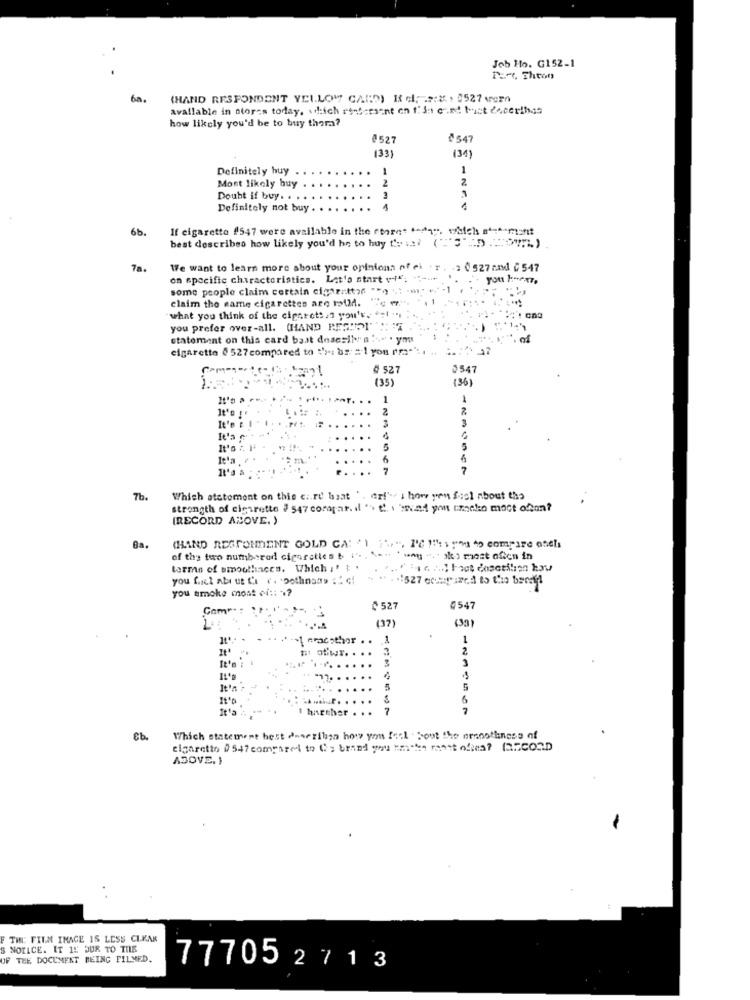
Job Ho. G152-1
PER, Theon
6a.
(HAND RESPONDENT YELLOW CARD) I d; . 2:X . 8527 vem
available in stores today, which rf-Scrsent on f. d: cm! bist dacerihas
how likely you'd be to buy thora?
£527
₡547
(33)
(34)
Definitely huy
1
1
2
2.
Mont likely buy
Doubt if buy. ..
Definitely not buy .
1
1
6b.
If cigarette (547 were available in the store" "+1", which 4 -*- mont
best describes how likely you'd he to huy t'esist (""S".D .: )
78.
We want to learn more about your opinionn nf el
.r . - 2 0 527 and ₲ 547
on specific characteristics. Let's start vi";
some people claim certain cigar :: tt26
claim the same cigarettes are roud.
what you think of the cigarets ." you'r. "
you prefer over-all. (HAND PESHOL"
statement on this card bast dnaesile" a .. . ym
cigarette § 527compared to ">: bs: = 1 you rma-": .
0 527
054
(35)
(36)
1
2
3
3
6
7
7
7b.
Which atetoment on this c :. re haat '. eri" i how you feel about the
strength of cienrette # 547 compar. il "> t! i hmvad you cancko moct ofon?
(RECORD ALOVE. )
(HAND RESPONDENT GOLD CA: '1 1",", 1 1:1PM 4 cmPI
of the two numbered ciparaties b I' .. .
why ". " ik) most often in
you fail abe ut La r. Dothname : " ci
you smoke most of :: 17
₾ 527
0547
(37)
(39)
">1 cracothor
1
mr ofiwr. . .
2
... ........
5
harsher
7
Cb.
Which statement best anarribaa how you feel bout the emsoothness of
cigaretto 0547 compared to Co brand you ranchen rest oftea? RECORD
ABOVE. )
THE FILM IMAGE IS LESS CLEAR
S NOTICE. IT 1: DUR TO THE
UF TEE DOCUMENT BEING FILMED.
777052 713